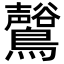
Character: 𪇟